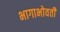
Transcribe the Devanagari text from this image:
भागाभोवती